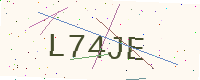
Text: L74JE